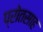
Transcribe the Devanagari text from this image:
प्रोतसाह